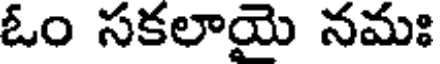
ఓం సకలాయై నమః